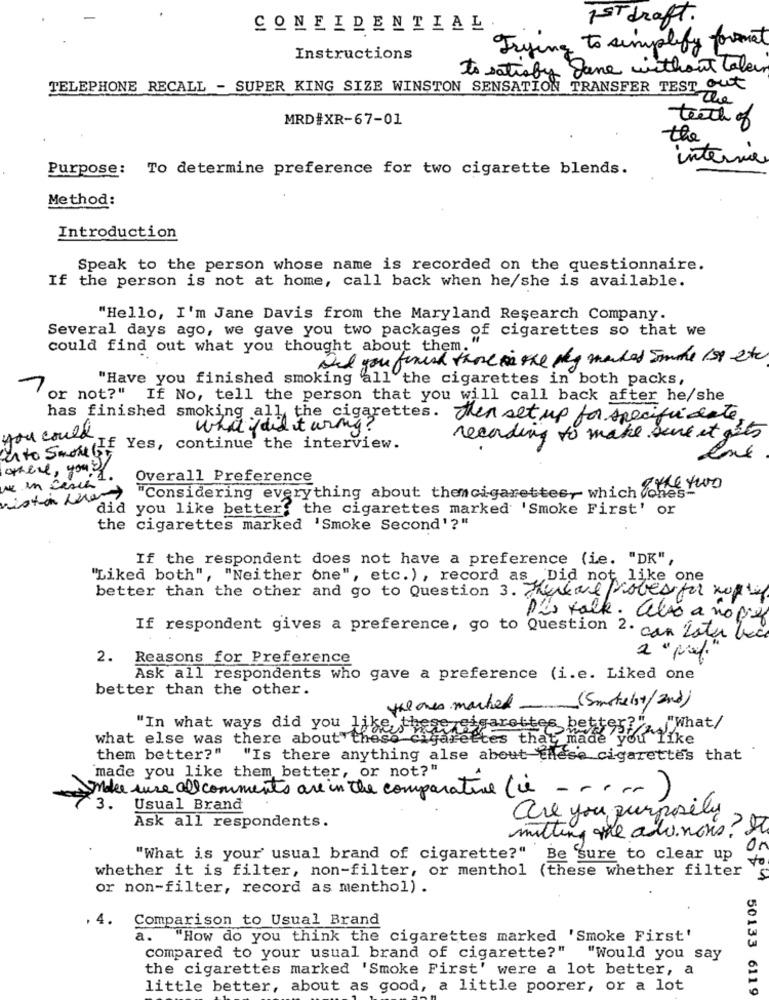
1ST draft.
CONFIDENTIAL
Trying to simplify format
Instructions
to satisfy Jane without taler
TELEPHONE RECALL - SUPER KING SIZE WINSTON SENSATION TRANSFER TEST OU
The
MRD#XR-67-01
teeth of
the
interne
Purpose: To determine preference for two cigarette blends.
Method:
Introduction
Speak to the person whose name is recorded on the questionnaire.
If the person is not at home, call back when he/she is available.
"Hello, I'm Jane Davis from the Maryland Research Company.
Several days ago, we gave you two packages of cigarettes so that we
could find out what you thought about them.
And you finish there is one meg marked smoke 1st etc
"Have you finished smoking all the cigarettes in both packs,
-
or not?" If No, tell the person that you will call back after he/she
has finished smoking all the cigarettes. Then set up for specific date.
i did it wrong ?
you could.
recording to make sure it ats
I to Smouth Yes, continue the interview.
opere, you ?
Overall Preference
we en besch
"Considering everything about themcigarettes, which ge two
nist-on heart
did you like better, the cigarettes marked 'Smoke First' or
the cigarettes marked 'Smoke Second'?"
If the respondent does not have a preference (ie. "DK",
"Liked both", "Neither one", etc. ), record as Did not like one
better than the other and go to Question 3. Herewe poles for noffil
Pis talk. also a no pis
If respondent gives a preference, go to Question 2. can Later lec
2. Reasons for Preference
Ask all respondents who gave a preference (i.e. Liked one
better than the other.
(Smoke ist/2nd)
the ones marked.
"In what ways did you 1;
garottes better?", "What/
what else was there about" t
etes that made you like
them better?" "Is there anything alse about These cigarettes that
made you like them better, or not?"
Make sure allcomments are in the comparative (is - - - -- )
3. Usual Brand
Ask all respondents.
are you purposely
mitting the ado. nous!
Or
"What is your' usual brand of cigarette?" Be sure to clear up
to
whether it is filter, non-filter, or menthol (these whether filter
or non-filter, record as menthol) .
.4.
Comparison to Usual Brand
a. "How do you think the cigarettes marked 'Smoke First'
compared to your usual brand of cigarette?" "Would you say
the cigarettes marked 'Smoke First' were a lot better, a
little better, about as good, a little poorer, or a lot
50133 6119